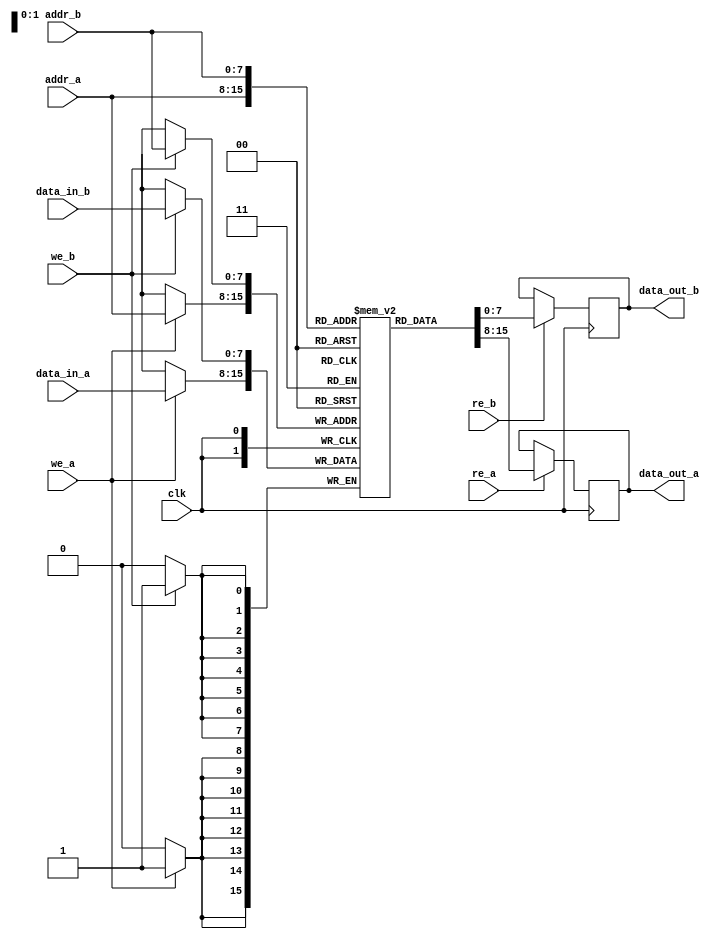
module dual_port_sram #(
    parameter DATA_WIDTH = 8,     // Width of the data bus
    parameter ADDR_WIDTH = 8,     // Width of the address bus
    parameter DEPTH = 1 << ADDR_WIDTH // Depth of the SRAM (2^ADDR_WIDTH)
)(
    input wire clk,                // Clock signal
    input wire we_a,               // Write enable for Port A
    input wire re_a,               // Read enable for Port A
    input wire [ADDR_WIDTH-1:0] addr_a, // Address for Port A
    input wire [DATA_WIDTH-1:0] data_in_a, // Data input for Port A
    output reg [DATA_WIDTH-1:0] data_out_a, // Data output for Port A

    input wire we_b,               // Write enable for Port B
    input wire re_b,               // Read enable for Port B
    input wire [ADDR_WIDTH-1:0] addr_b, // Address for Port B
    input wire [DATA_WIDTH-1:0] data_in_b, // Data input for Port B
    output reg [DATA_WIDTH-1:0] data_out_b  // Data output for Port B
);

    // Memory array declaration
    reg [DATA_WIDTH-1:0] mem [0:DEPTH-1];

    // Port A Read/Write Operation
    always @(posedge clk) begin
        // Write operation for Port A
        if (we_a) begin
            mem[addr_a] <= data_in_a;
        end
        // Read operation for Port A
        if (re_a) begin
            data_out_a <= mem[addr_a];
        end
    end

    // Port B Read/Write Operation
    always @(posedge clk) begin
        // Write operation for Port B
        if (we_b) begin
            mem[addr_b] <= data_in_b;
        end
        // Read operation for Port B
        if (re_b) begin
            data_out_b <= mem[addr_b];
        end
    end

endmodule